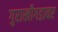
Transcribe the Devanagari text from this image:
गुराखीगडावर